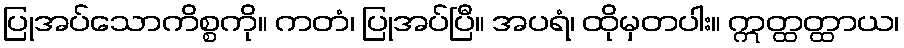
ပြုအပ်သောကိစ္စကို။ ကတံ၊ ပြုအပ်ပြီ။ အပရံ၊ ထိုမှတပါး။ ဣတ္ထတ္ထာယ၊